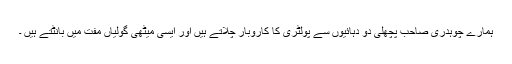
ہمارے چوہدری صاحب پچھلی دو دہائیوں سے پولٹری کا کاروبار چلاتے ہیں اور ایسی میٹھی گولیاں مفت میں بانٹتے ہیں ۔